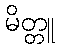
မိတ္တူ